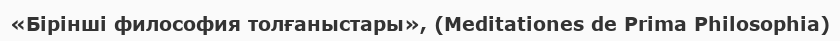
«Бірінші философия толғаныстары», (Meditationes de Prima Philosophia)